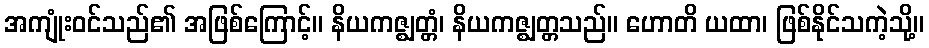
အကျုံးဝင်သည်၏ အဖြစ်ကြောင့်။ နိယကဇ္ဈတ္တံ၊ နိယကဇ္ဈတ္တသည်။ ဟောတိ ယထာ၊ ဖြစ်နိုင်သကဲ့သို့။